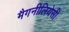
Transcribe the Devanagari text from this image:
मैगनीलियेसी